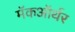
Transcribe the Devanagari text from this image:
मॅकऑर्थर